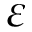
\varepsilon